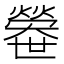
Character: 𤐼